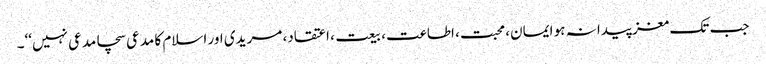
جب تک مغز پیدا نہ ہو ایمان، محبت، اطاعت، بیعت، اعتقاد، مریدی اور اسلام کا مدعی سچامدعی نہیں‘‘۔